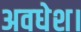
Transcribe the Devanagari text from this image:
अवधेश।